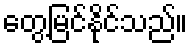
တွေ့မြင်နိုင်သည်။